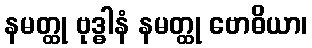
နမတ္ထု ဗုဒ္ဓါနံ နမတ္ထု ဗောဓိယာ၊